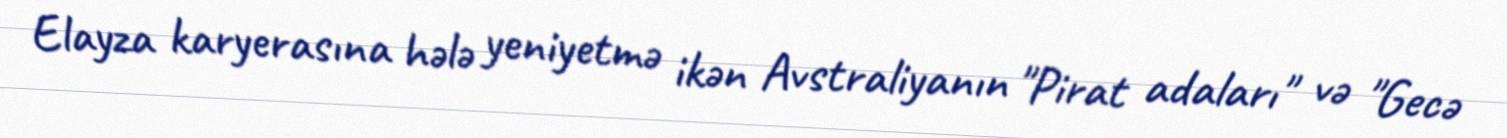
Elayza karyerasına hələ yeniyetmə ikən Avstraliyanın "Pirat adaları" və "Gecə